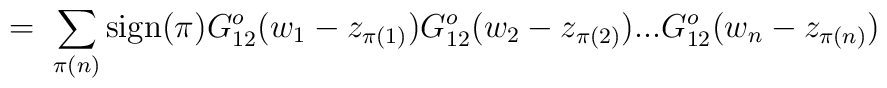
= \; \sum_{\pi(n)} \mbox{sign}(\pi)G^o_{12}(w_1 - z_{\pi(1)}) G^o_{12}(w_2 - z_{\pi(2)}) ...G^o_{12}(w_n - z_{\pi(n)})